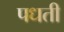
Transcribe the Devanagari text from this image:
पधती